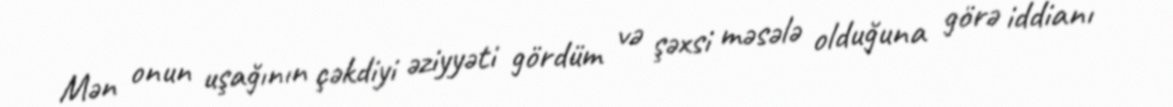
Mən onun uşağının çəkdiyi əziyyəti gördüm və şəxsi məsələ olduğuna görə iddianı